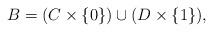
LaTeX: \begin{align*}B = (C \times \{0\}) \cup (D \times \{1\}),\end{align*}